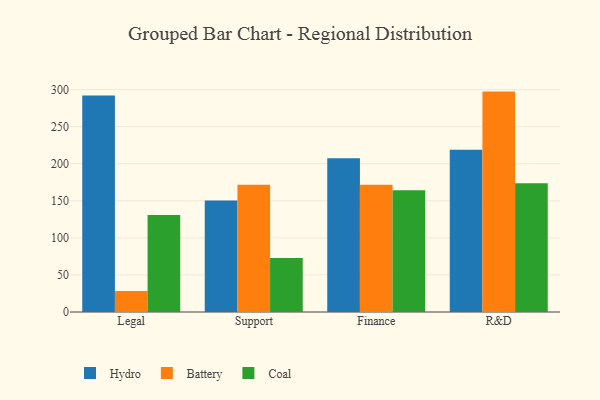
{"axis": {"x": "Department", "y": "Temperature (°C)"}, "legend": ["Battery", "Coal", "Hydro"], "data": [{"x": "Legal", "y": 291.9, "type": "Hydro"}, {"x": "Legal", "y": 28.2, "type": "Battery"}, {"x": "Legal", "y": 130.9, "type": "Coal"}, {"x": "Support", "y": 150.5, "type": "Hydro"}, {"x": "Support", "y": 171.7, "type": "Battery"}, {"x": "Support", "y": 73.0, "type": "Coal"}, {"x": "Finance", "y": 207.3, "type": "Hydro"}, {"x": "Finance", "y": 171.5, "type": "Battery"}, {"x": "Finance", "y": 164.1, "type": "Coal"}, {"x": "R&D", "y": 218.9, "type": "Hydro"}, {"x": "R&D", "y": 297.3, "type": "Battery"}, {"x": "R&D", "y": 173.7, "type": "Coal"}]}